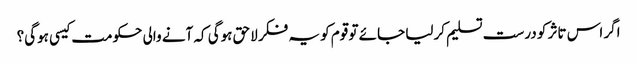
اگر اس تاثر کو درست تسلیم کرلیا جائے تو قوم کو یہ فکر لاحق ہوگی کہ آنے والی حکومت کیسی ہوگی؟